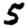
Digit: 5